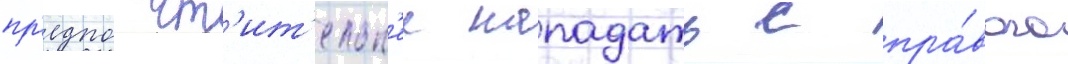
пр'едпочт'ит'ельн'ее нападать с пра́вого